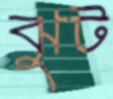
ঝুট